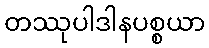
တဿုပါဒါနပစ္စယာ